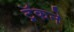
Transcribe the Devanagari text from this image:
ट्रॅकने